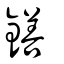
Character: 鐥